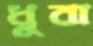
ধুবা